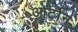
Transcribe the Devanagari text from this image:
ओर्टोन